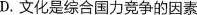
D.文化是综合国力竞争的因素